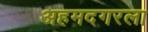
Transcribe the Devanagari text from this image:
अहमदगरला